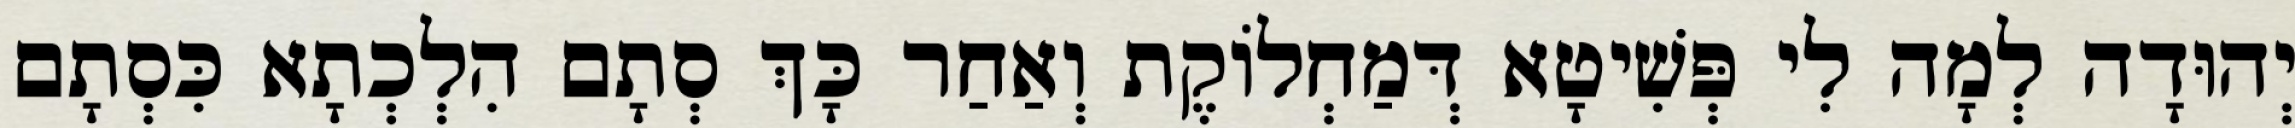
יְהוּדָה לְמָה לִי פְּשִׁיטָא דְּמַחְלוֹקֶת וְאַחַר כָּךְ סְתָם הִלְכְתָא כִּסְתָם